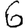
Digit: 6